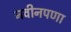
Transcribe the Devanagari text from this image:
नवीनपणा